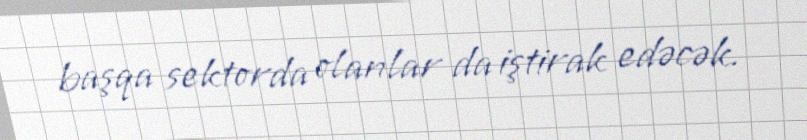
başqa sektorda olanlar da iştirak edəcək.